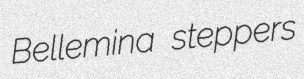
Bellemina steppers